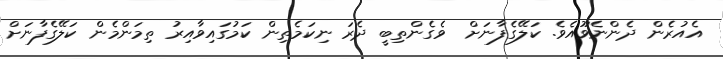
އެއުރެން ދެންނެވޫއެވެ. ކަލޭގެފާނަށް  ވެގެންތިބީ ދެރަ ނިކަމެތިން ކަމުގައިވާއިރު ތިމަންމެން ކަލޭގެފާނަށް